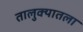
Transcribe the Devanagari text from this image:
तालुक्यातला